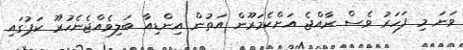
ވަނަ މި ފަހަރު ވެސް ރާއްޖެ އަށްކެމަރޫން އަތުން އިންޑިއާ ބަލިވެއްޖެނެހުރޫ ކަޕުގައި